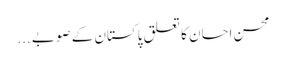
محسن احسان کا تعلق پاکستان کے صوبے ...